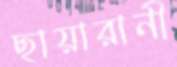
ছায়ারানী